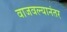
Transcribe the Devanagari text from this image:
वाजवल्यानंतर